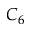
C _ { 6 }